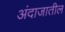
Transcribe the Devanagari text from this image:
अंदाजातील